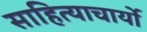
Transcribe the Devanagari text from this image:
साहित्याचार्यो